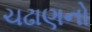
ચઢાણનો